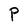
Character: P